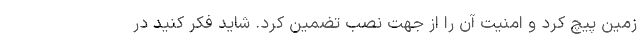
زمین پیچ کرد و امنیت آن را از جهت نصب تضمین کرد. شاید فکر کنید در